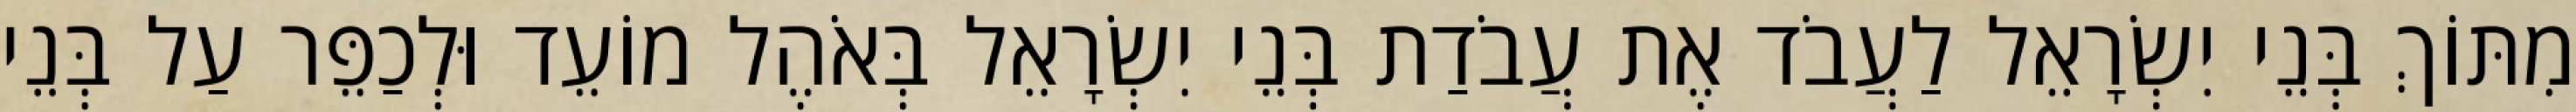
מִתּוֹךְ בְּנֵי יִשְׂרָאֵל לַעֲבֹד אֶת עֲבֹדַת בְּנֵי יִשְׂרָאֵל בְּאֹהֶל מוֹעֵד וּלְכַפֵּר עַל בְּנֵי